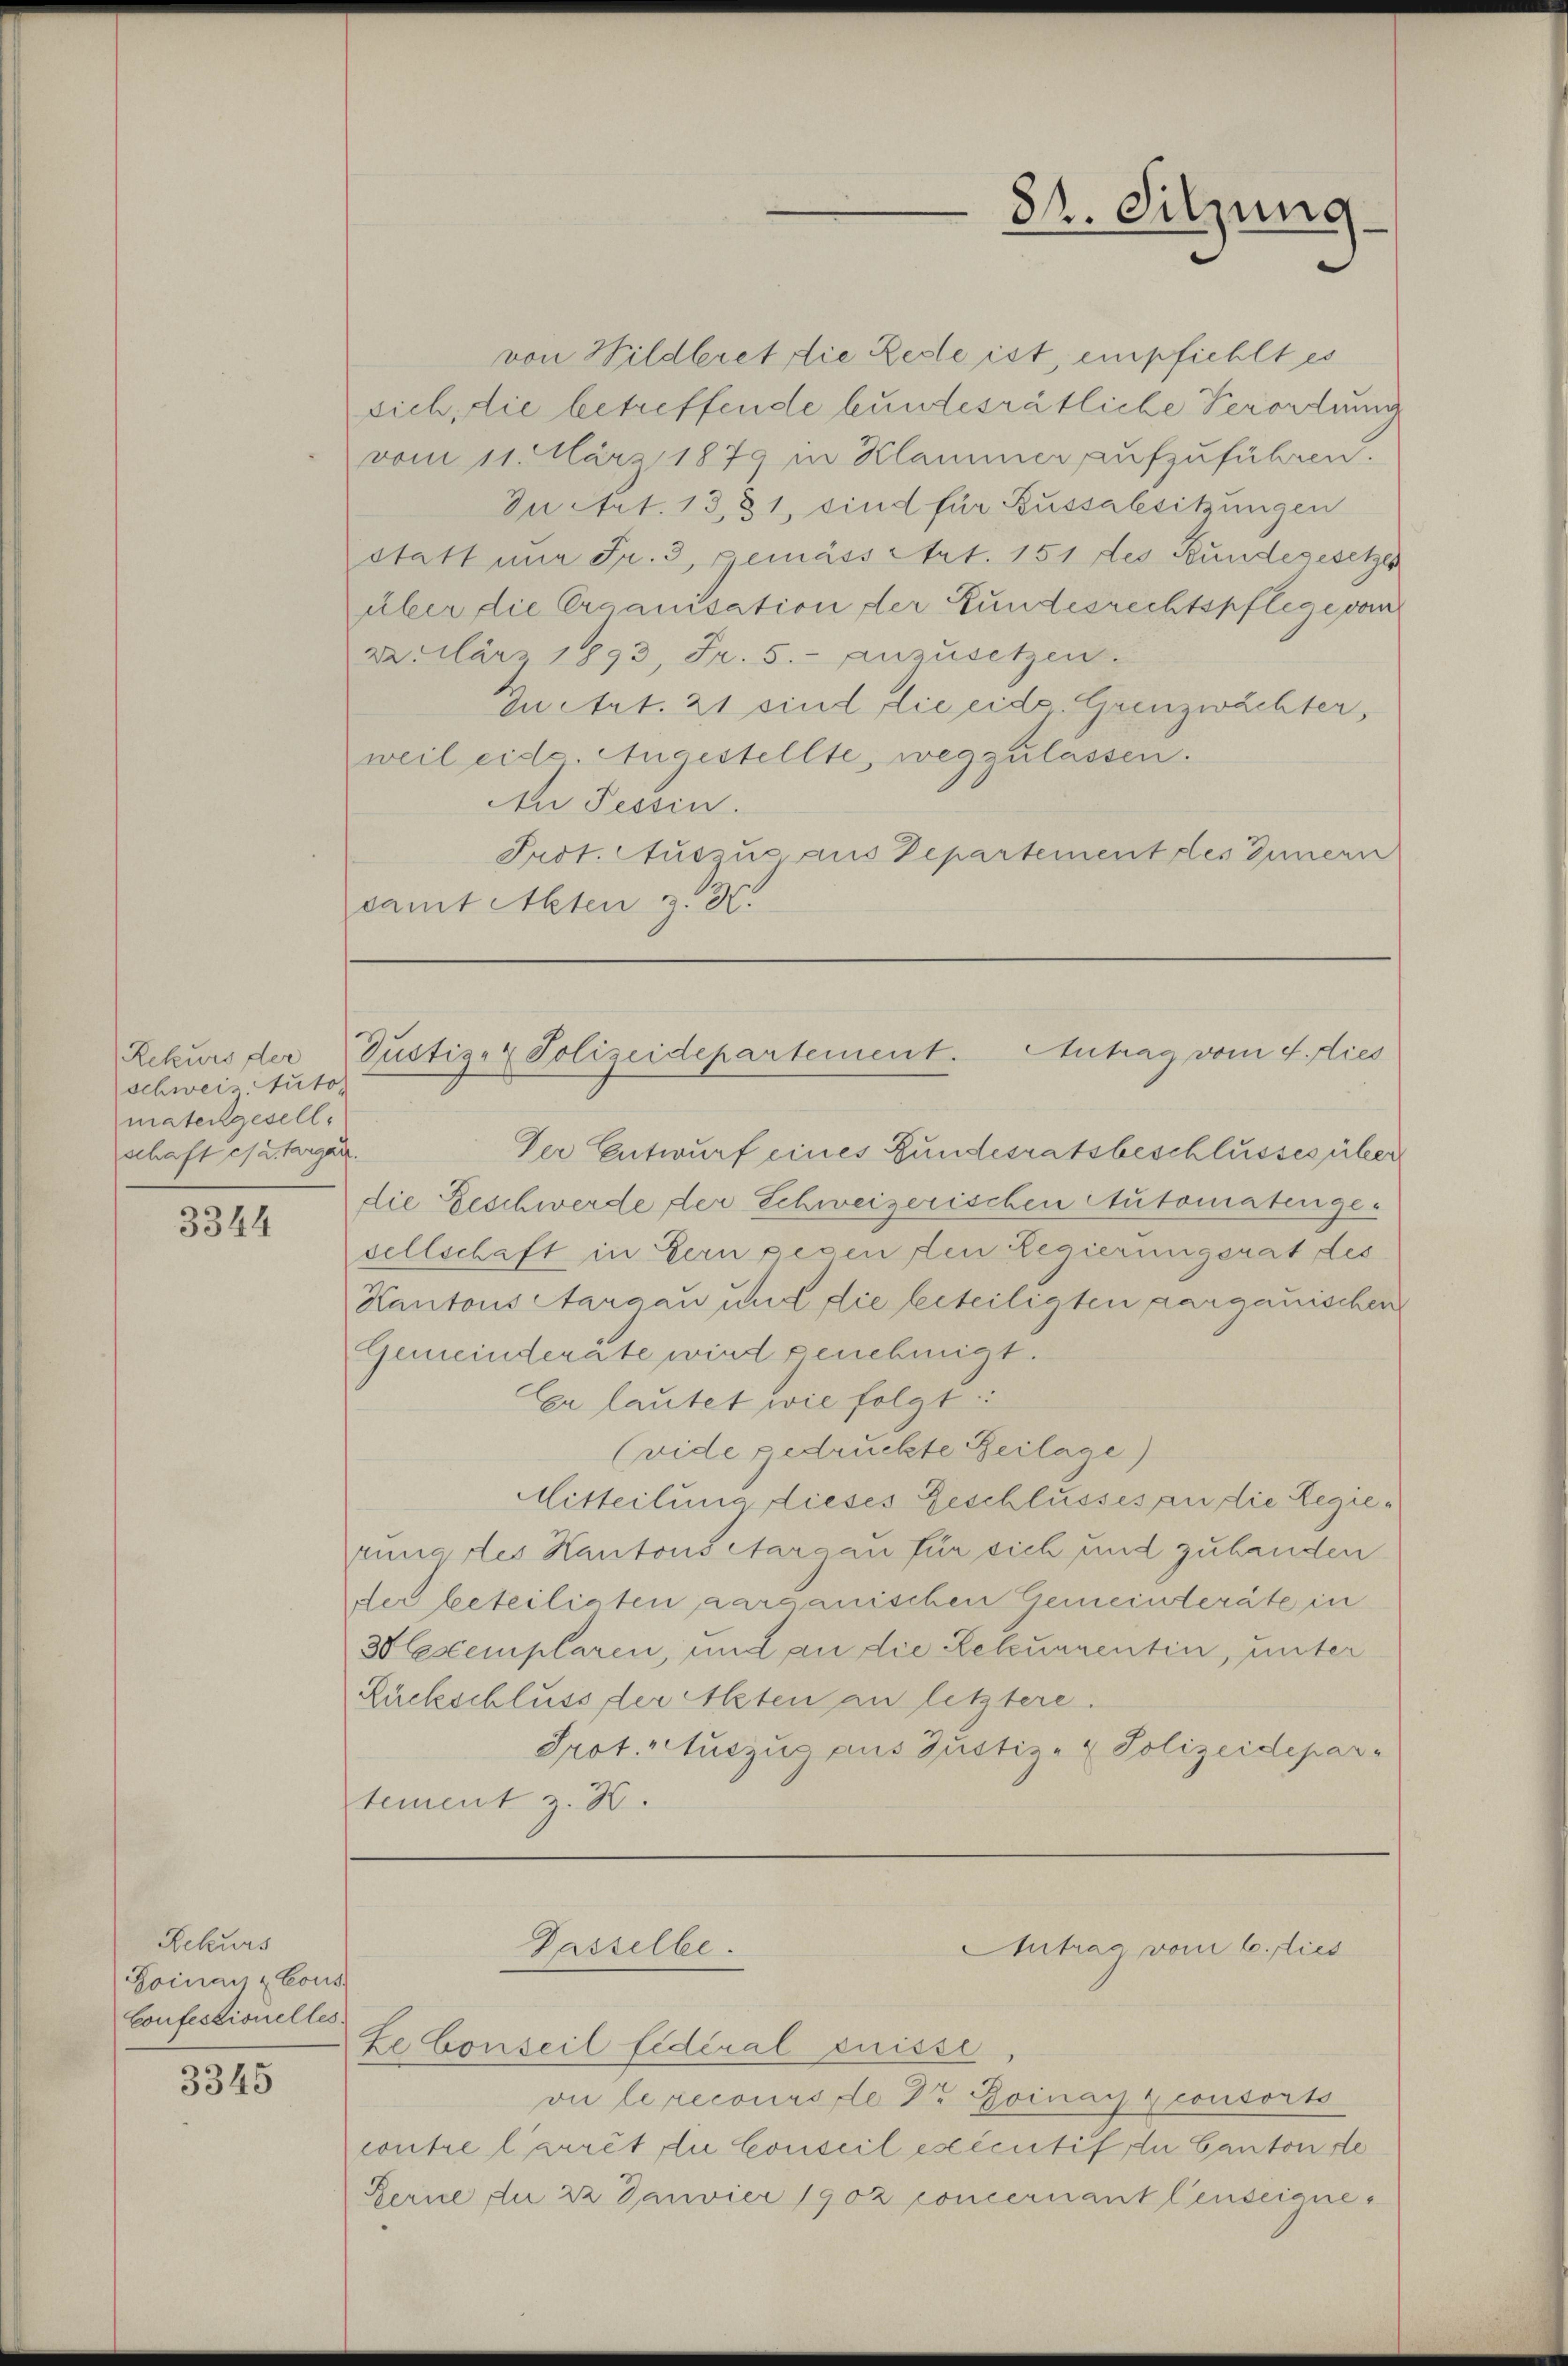
Rekurs der
schweiz Auto
matergesell
schaft es u. Aargau.

3344

Rekurs
Boinau & Cous
Confestionelles.

3345

Tustiz- & Polizeidepartement. Antrag vom 4. Dies

von Wildleret die Rede ist, empfiehlt es
sich, die betreffende bundesrätliche Verortung
vom 11. März 1879 in Klammer aufzuführen.
In Art. 1381, sind für Aussabsitzungen
statt nur Fr. 3, gemässetzt. 151 des Bundegesetze
über die Organisation der Bundesrechtspflege vom
verlärz 1893, Fr. 5. anzusetzen.
Inetzt. 21 sind die eidg. Grenzwachter,
weil eide. Angestellte, wegzulassen.
An Tessin.
Prot. Aucun aus Departement des Innern
damit Alten z. B.

Der Entwurf eines Gundesratsbeschlusses über
die Geschwerde der Schweizerischen Automaten ge-
sellschaft in Bern gegen den Regierungsrat des
Kantons Aargau und die beteiligten aargauischen
Gemeinderate wird genehmigt.
Er lautet wie folgt:
(vide gedruckte Beilage)
Mitteilung dieses Geschlusses an die Regierung des Kantons Aargau für sich und zuhanden
der beteiligten aarganischen Gemeinderäte in
30 Exemplaren, und an die Rekurrentin, unter
Rückschluss der Asten an letztere.
Prot. Auszug aus Justiz- Polizeidepartement z. B.

Ze Conseil fidéral Suisse
vi le recours de dr Goinazconsorts
contre l’arrêt du Conseil exécutif du Canton de
Ferne die 22 Janvier 1902 concernant lenseigne

Gasselbe.

82. Sitzung

Antrag vom 6. flies